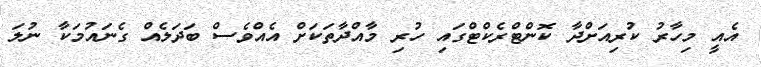
އެއީ މިހާރު ކުރިއަށްދާ ކޮންޓްރެކްޓްގައި ހުރި މާއްދާތަކަށް އެއްވެސް ބަދަލެއް ގެނައުމަކާ ނުލަ